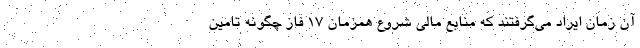
آن زمان ایراد می‌گرفتند که منابع مالی شروع همزمان 17 فاز چگونه تامین